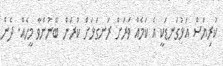
ކުރިޔަސް އަޅުގަނޑަކީ އެ ކަމެއް ވަރަށް ރަނގަޅަށް ކުރަން ބޭނުންވާ މީހެއް. ދެން